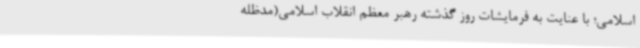
اسلامی؛ با عنایت به فرمایشات روز گذشته رهبر معظم انقلاب اسلامی(مدظله